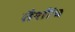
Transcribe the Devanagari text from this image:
तैशींच